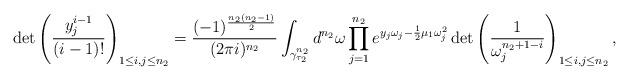
LaTeX: \begin{align*}\det\left(\frac{y_j^{i-1}}{(i-1)!}\right)_{1\le i,j\le n_2}=\frac{(-1)^{\frac{n_2(n_2-1)}2}} {(2\pi i)^{n_2}}\int_{\gamma_{\tau_2}^{n_2}}d^{n_2}\omega\prod\limits_{j=1}^{n_2}e^{y_j\omega_j-\frac 12\mu_1\omega_j^2}\det\left(\frac 1{\omega_j^{n_2+1-i}}\right)_{1\le i,j\le n_2},\end{align*}